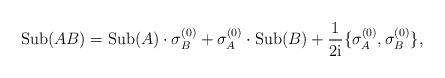
LaTeX: \begin{align*}\mathrm{Sub}(AB)=\mathrm{Sub}(A)\cdot\sigma_B^{(0)}+\sigma_A^{(0)}\cdot\mathrm{Sub}(B)+\frac{1}{2\mathrm{i}}\{\sigma_A^{(0)},\sigma_B^{(0)}\},\end{align*}